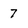
Character: 7